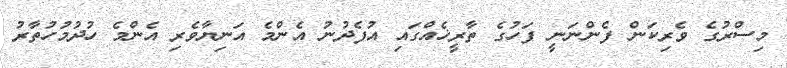
މިސްރުގެ ވެރިކަން ފެންނަނީ ފަހުގެ ތާރީޚެއްގައި އުފެދުނު އެންމެ އަނިޔާވެރި އެންމެ ހުދުމުހުތާރު